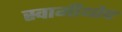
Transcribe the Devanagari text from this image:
स्वामीथोप